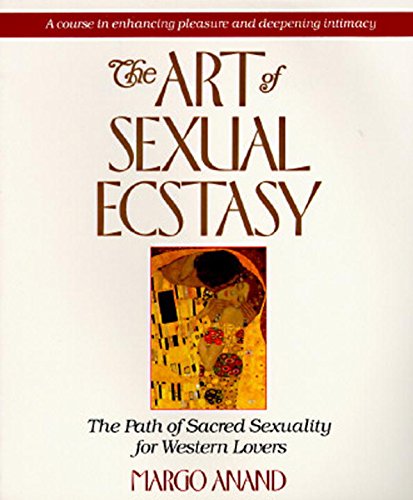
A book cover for The Art of Sexual Ecstasy: The Path of Sacred Sexuality for Western Lovers; Margot Anand; Parenting & Relationships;